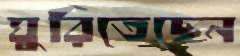
ঘুরিতেছেন